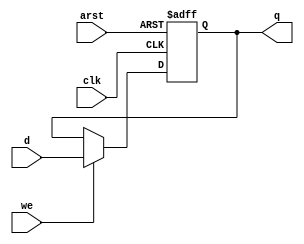
//MODULE REALISATION TAKEN FROM Oleh Matiusha

`timescale 1ns/1ps

module register #(parameter WIDTH = 32) (clk, we, d, q, arst);

input clk,we,arst;
input [WIDTH-1:0] d;
output reg [WIDTH-1:0] q;

	
always @(posedge clk or negedge arst) begin 
	if(!arst) begin 
		q <= {WIDTH{1'b0}};
	end else if(we) begin
		q <= d;
	end else begin 
		q <= q;
	end 
end

endmodule